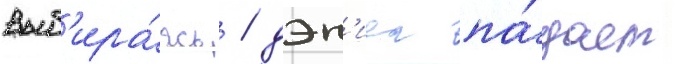
Выб'ира́ясь / дэн'иел па́дает